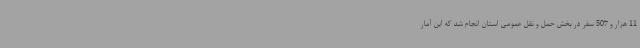
11 هزار و 507 سفر در بخش حمل و نقل عمومی استان انجام شد که این آمار